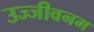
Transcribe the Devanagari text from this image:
उज्जीवनम